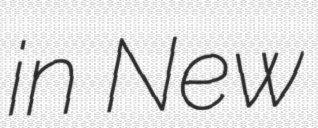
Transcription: in New